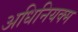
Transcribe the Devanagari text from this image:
अधिनियक्म